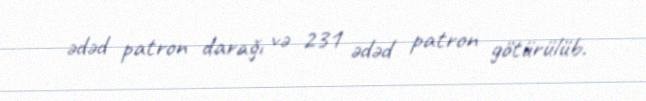
ədəd patron darağı və 231 ədəd patron götürülüb.